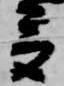
多